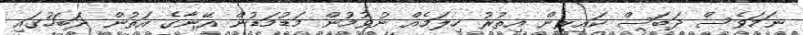
ނަމަވެސް ދަބަސް ކައިރިން އިތުރު ހިލަމެއް ނުވުމުން މަޑުމަޑުން އޭނާގެ އަތުން ދަބަހުގައި